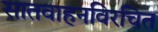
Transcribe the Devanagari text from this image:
सातवाहनविरचित